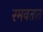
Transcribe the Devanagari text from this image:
रमवतात